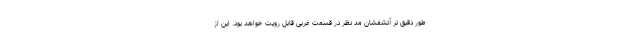
طور دقیق تر آتشفشان مد نظر در قسمت غربی قابل رویت خواهد بود. این از